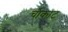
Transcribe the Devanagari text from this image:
चौकाट